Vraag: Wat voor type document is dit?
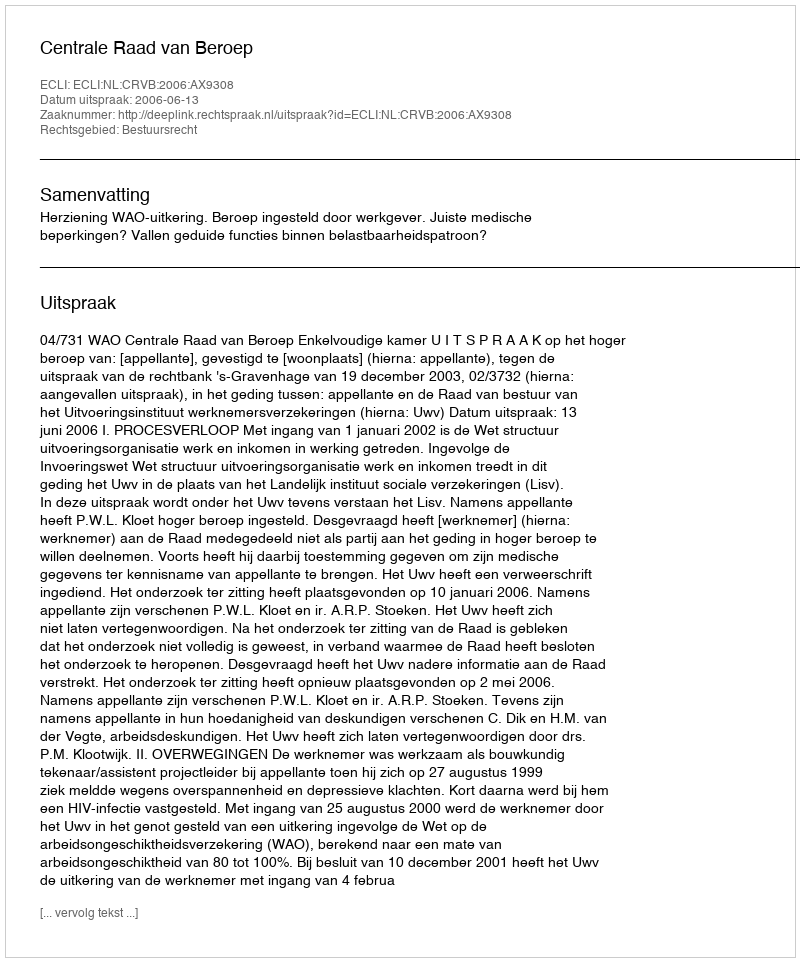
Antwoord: Uitspraak